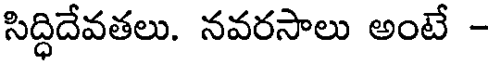
సిద్ధిదేవతలు. నవరసాలు అంటే -